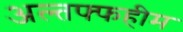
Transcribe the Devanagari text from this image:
अल्तफ्फहीम